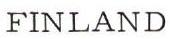
FINLAND